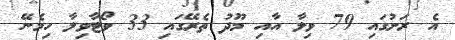
އެ ރަށުގައި 79 ވިލާ އާއި މޫދު ތެރޭގައި 33 ވޯޓާވިލާ ހިމެނޭ